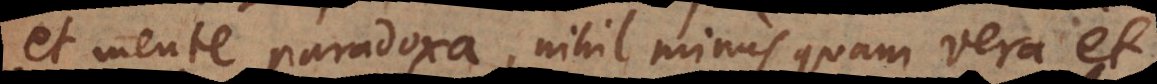
et mente paradoxa, nihil minus quam vera et